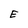
Character: E